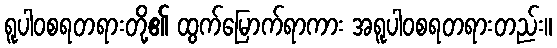
ရူပါဝစရတရားတို့၏ ထွက်မြောက်ရာကား အရူပါဝစရတရားတည်း။